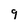
Character: 9